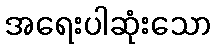
အရေးပါဆုံးသော